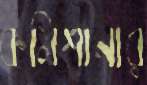
কমিশানার